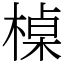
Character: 槕